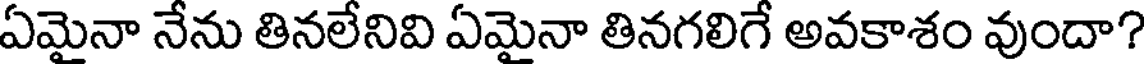
ఏమైనా నేను తినలేనివి ఏమైనా తినగలిగే అవకాశం వుందా?